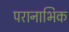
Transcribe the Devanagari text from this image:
परानाभिक